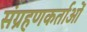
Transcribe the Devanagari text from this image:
संग्रहणकर्ताओं